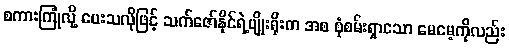
စကားကြုံလို့ မေးသလိုဖြင့် သက်ဇော်နိုင်ရဲ့မျိုးရိုးက အစ စုံစမ်းရှာသော မေမေ့ကိုလည်း